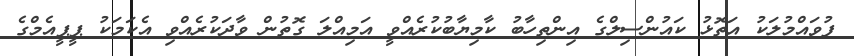
ފުވައްމުލަކު އަތޮޅު ކައުންސިލްގެ އިންތިހާބު ކާމިޔާބުކުރެއްވީ އަމިއްލަ ގޮތުން ވާދަކުރެއްވި އެކަމަކު ޕީޕީއެމްގެ